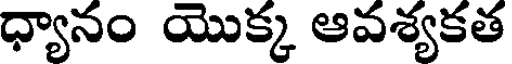
ధ్యానం యొక్క ఆవశ్యకత